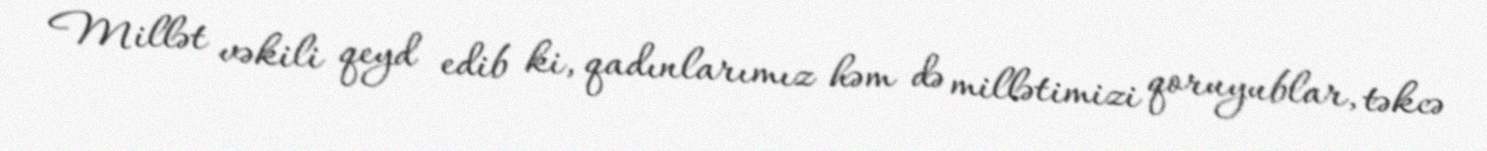
Millət vəkili qeyd edib ki, qadınlarımız həm də millətimizi qoruyublar, təkcə